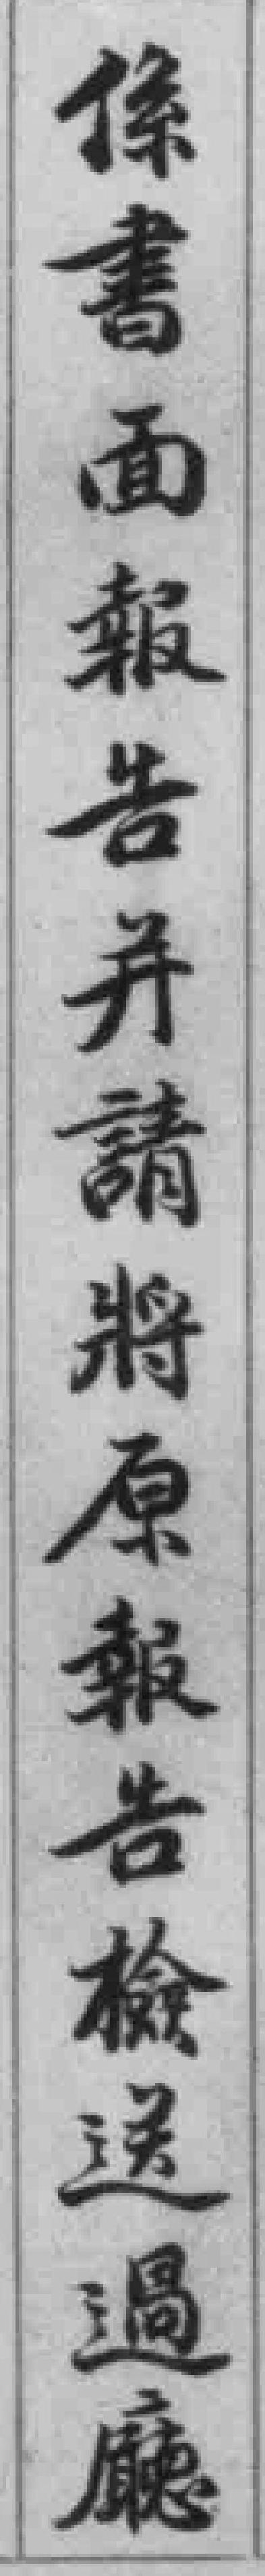
係書面報告并請將原報告檢送過廳